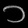
Digit: ၁